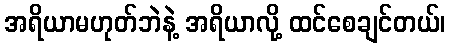
အရိယာမဟုတ်ဘဲနဲ့ အရိယာလို့ ထင်စေချင်တယ်၊